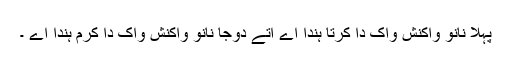
پہلا نانوَ واکنش واک دا کرتا ہندا اے اتے دوجا نانوَ واکنش واک دا کرم ہندا اے ۔